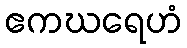
ဧကဃရေဟံ